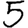
Digit: 5